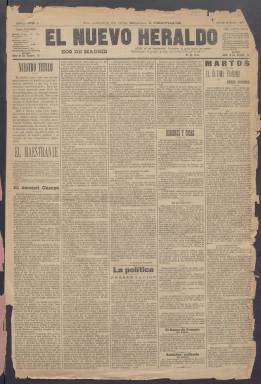
Título: El Nuevo heraldo
Colección: Periódicos
Ámbito geográfico: Madrid
Lugar de publicación: Madrid
Fechas: 19/01/1893-04/07/1893